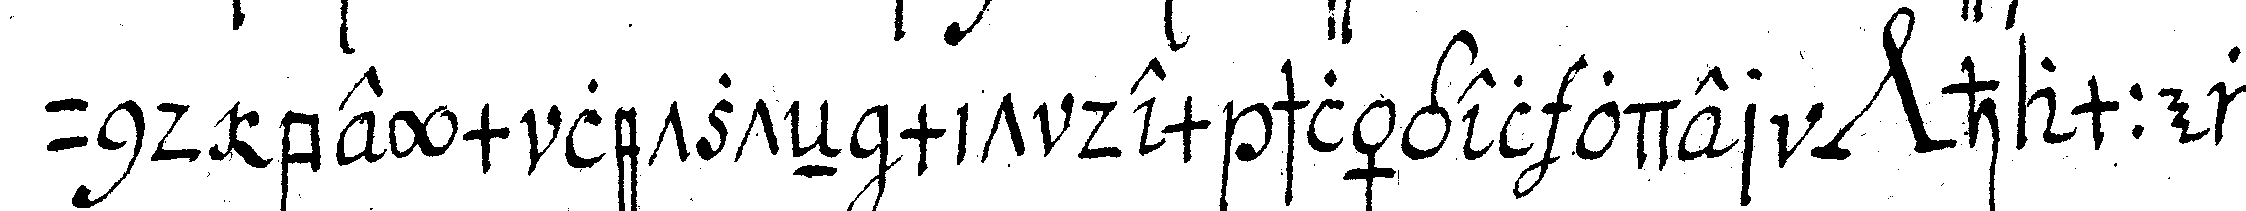
und beym letzteN mit dem schlägel oder *nee* hammer